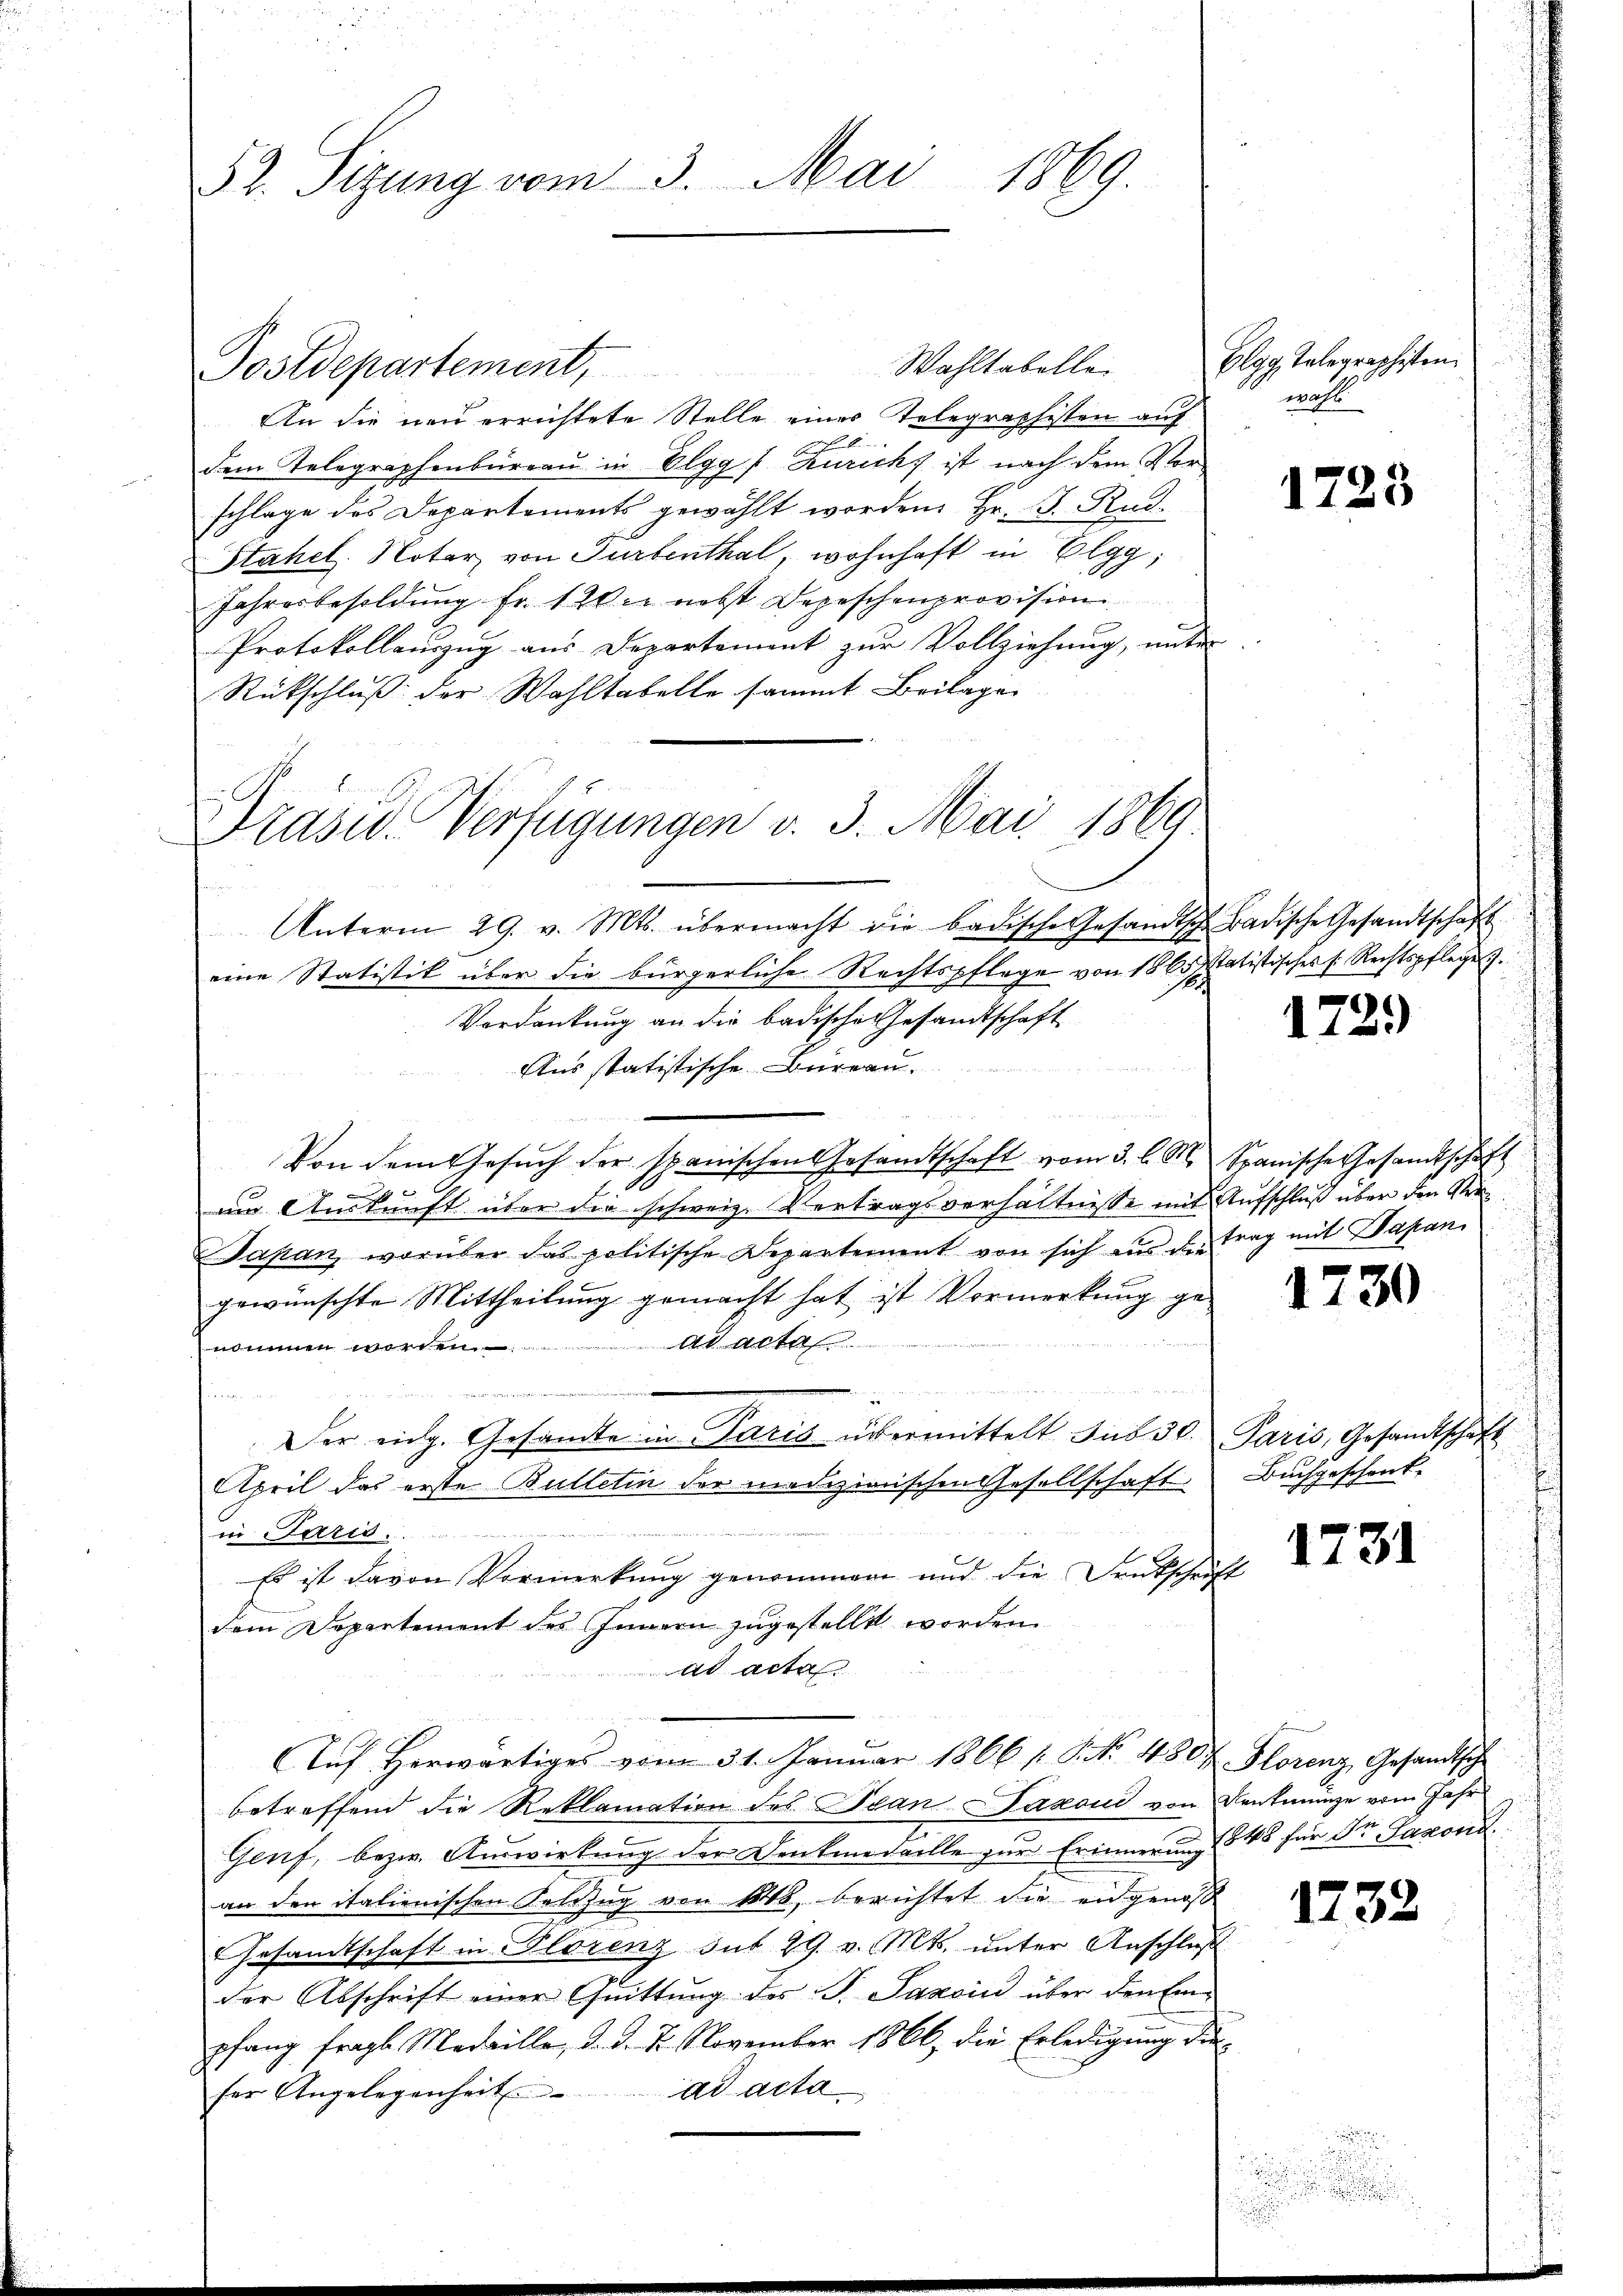
52. Sitzung vom 3. Mai 1869.

Postdepartement,

Wahltabellei
An die neu errichtete Stelle eines Telegraphisten auf
dem Telegraphenbureau in Elgg: Zuricht ist nach dem Vorschlage des Departements gewählt worden, Hr. J. Rud.
Stahel. Notar von Turbenthal, wohnhaft in Elgg,
Jahresbesoldung Fr. 1 Wie nebst Depeschenprovision
Protokollenzug aus Departement zur Vollziehung, unter
Rückschluß der Wahltabelle sammt Beilage
Prasus Verfügungen v. 3. Mai 1869

Unterm 29. v. Mts. übermacht die badische Gesandtsch-Badische Gesandtschaft

eine Statistik über die bürgerliche Rechtspflege von 1865 statistisches h. Rechtspflegen.
Verdankung an die badische Gesandtschaft
Aus statistische Bureau.
Von dem Gesuch der spanischen Gesandtschaft vom 3. l. M. Spanische Gesandtschaft
1
um Auskunft über die schweiz. Vertragsverhältnisse mit Aufschluß über den Ver¬
Japan, worüber das politische Departement von sich aus den trag mit Dapan
gewünschte Mittheilung gemacht hat ist Vormerkung gead acta
nommen worden.
eter

Der eidg. Gesandte in Paris übermittelt. Jus 30. Paris, Gesandtschaft
April das erste Bulletin der medizionischen Gesellschaft
in die
Es ist davon Vormerkung genommen und die Deutschrift
dem Departement des Innern zugestellt worden.
ad actes
Auf Herwärtiges vom 31. Januar 1866 / 5. No. 480 u. Florenz, Gesandtsche
betreffend die Reklamation des Ivan Saxond von Denkmünze vom Jahr
Genf, bezw. Auswirkung der Denkmedaille zur Erinnerung (848 für Dr. Saxord.
an den italienischen Kauzug von 18, berichtet die angenoß
Gesamtschaft in Florenz Sut 29. v. Mts. unter Anschluß
der Abschrift einer Quittung des P. Saxoin über den Em-
pfang fragte Medaille, d. d. 2. November 1866, die Erledigung die
fer Angelegenheit. ad acta

Elgg, Telegraphisten.
wahl

1723

1729)

1730

Buchgeschenk,

1731

1732